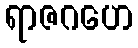
ရာဇဂဟေ